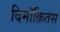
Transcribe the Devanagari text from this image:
दिमॉक्रितस